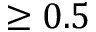
\ge 0 . 5